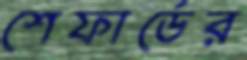
শেফার্ডের